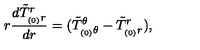
r \frac { d \tilde { T } _ { _ { ( 0 ) } r } ^ { r } } { d r } = ( \tilde { T } _ { _ { ( 0 ) } \theta } ^ { \theta } - \tilde { T } _ { _ { ( 0 ) } r } ^ { r } ) ,